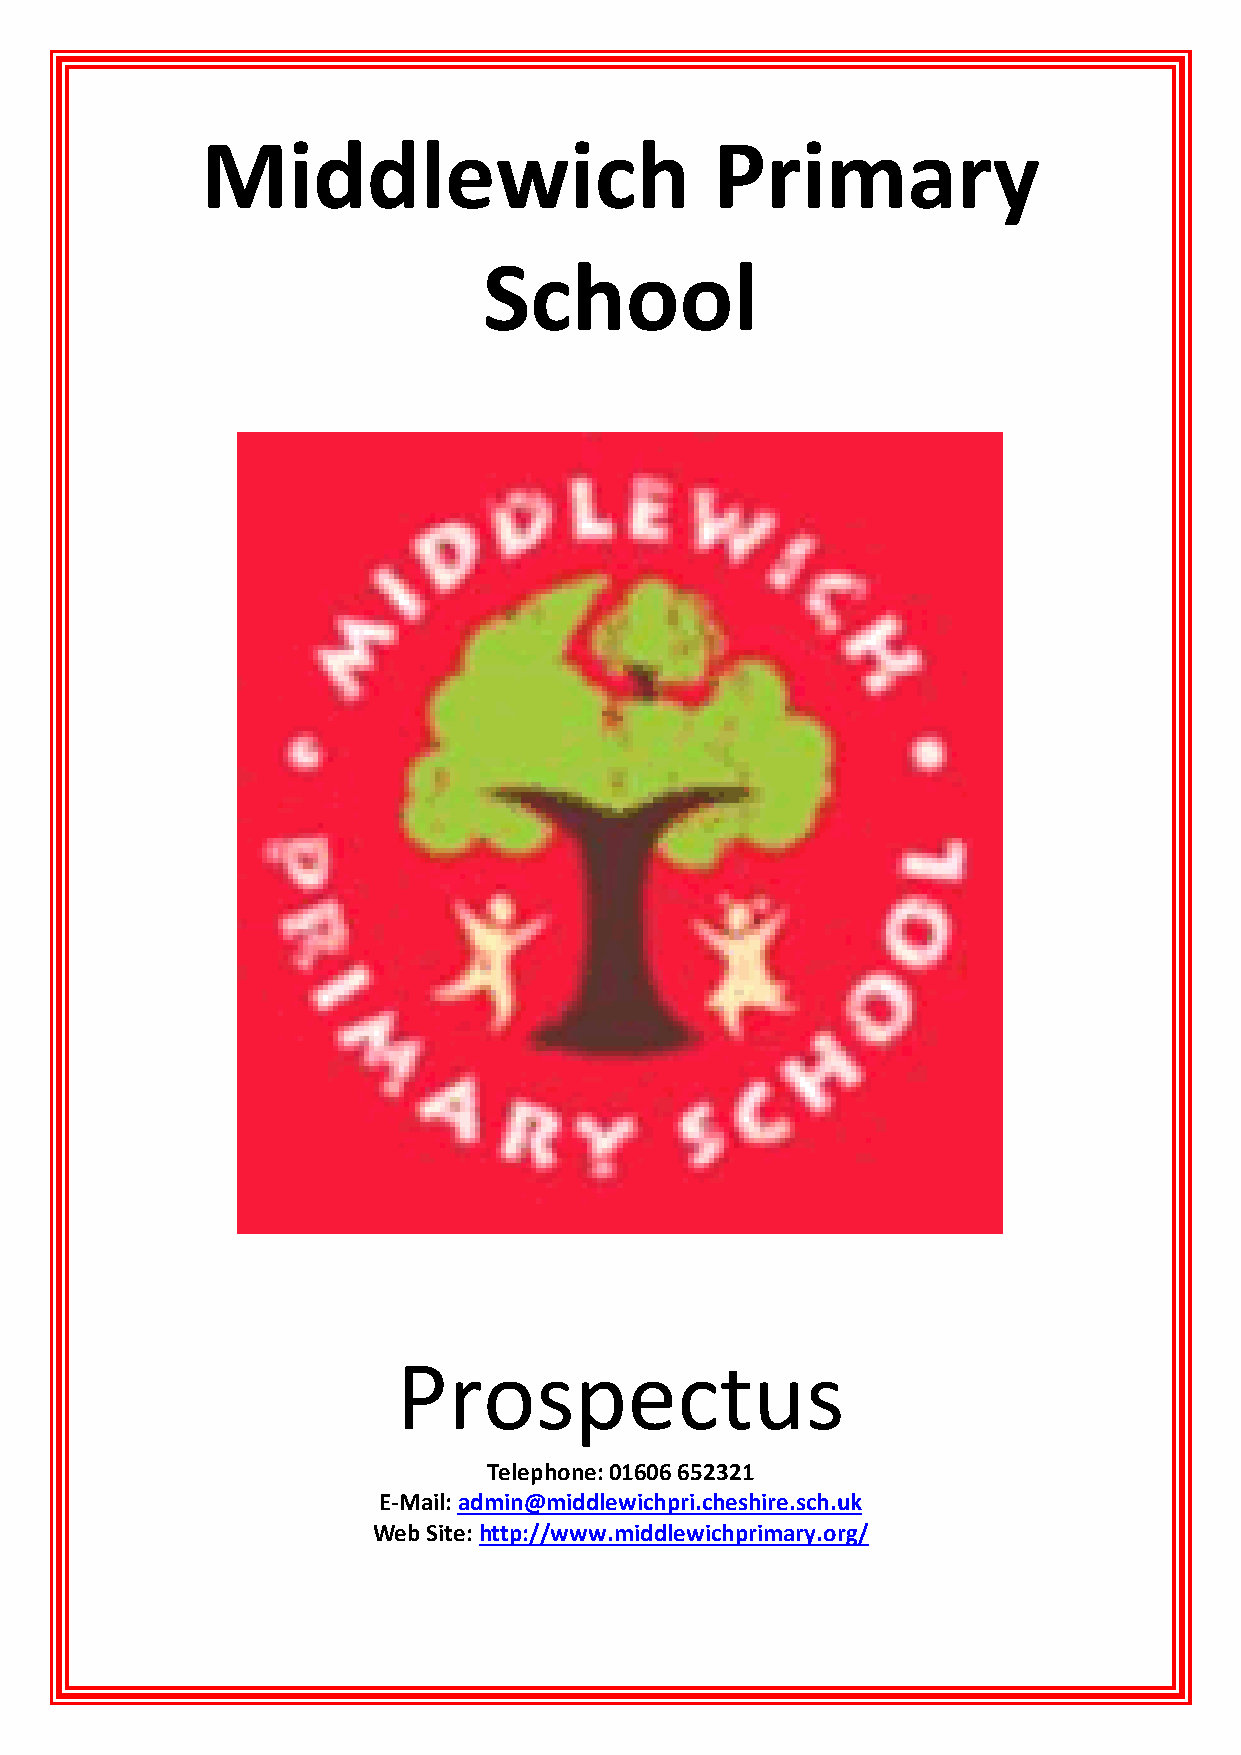
Middlewich                        Primary
 School
 Prospectus
 Telephone: 01606 652321
 E-Mail: admin@middlewichpri.cheshire.sch.uk
 Web Site: http://www.middlewichprimary.org/